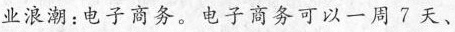
业浪潮：电子商务。电子商务可以一周7天、